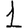
Digit: 1